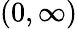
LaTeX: (0,\infty)